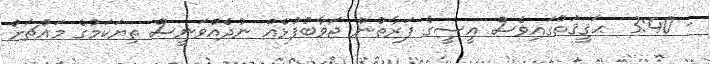
- 3:40  ޙަޤީޤަތުގައިވެސް އީސީގެ ފަރާތުން ޖަވާބުފުޅެއް ނުދެއްވަނީސް ތިޔަކަމުގެ މައްޗަށް